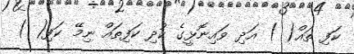
ކަފި ތައް( ) އަދި ވައިނޮޅީގެ ކުދި ކަފިތައް ނިމޭ ކަފި( )